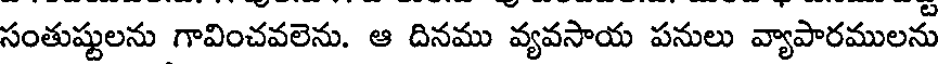
సంతుష్టులను గావించవలెను. ఆ దినము వ్యవసాయ పనులు వ్యాపారములను